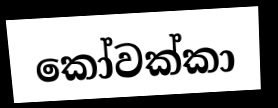
කෝවක්කා